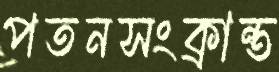
পতনসংক্রান্ত